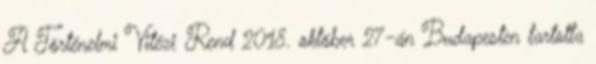
A Történelmi Vitézi Rend 2018. október 27-án Budapesten tartotta